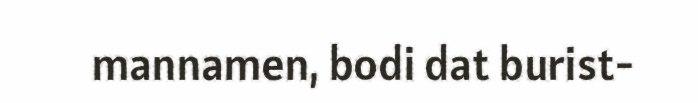
mannamen, bodi dat burist-